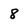
Character: 8